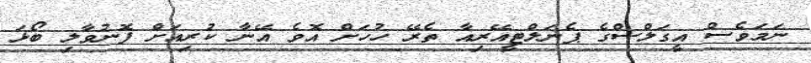
ނަމަވެސް އީގަލްސްގެ ޕެނަލްޓީއޭރިއާ ތެރޭ ހުހަށް އޮވެ އޭނާ ކުރިއަށް ފޮނުވާލި ބޯޅަ